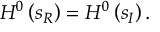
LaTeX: H ^ { 0 } \left( s _ { R } \right) = H ^ { 0 } \left( s _ { I } \right) .